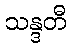
သန္ဒတီ